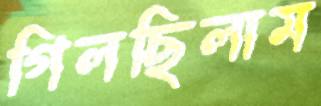
গিলছিলাম